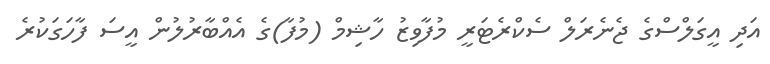
އަދި އީގަލްސްގެ ޖެނެރަލް ސެކްރެޓަރީ މުފާވިޒު ހާޝިމް (މުފާ)ގެ އެއްބާރުުލުން އީސަ ފާހަގަކުރެ